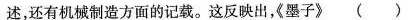
述，还有机械制造方面的记载。这反映出，墨子》()